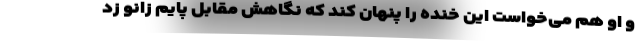
و او هم می‌خواست این خنده را پنهان کند که نگاهش مقابل پایم زانو زد